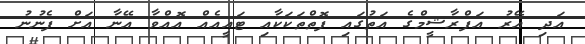
އަދި އޭރު އަފްރާޝީމްގެ އަތުގައި ފޮތްތަކަކާއި ޓައީއެއް އޮއްވާ އޭނާ އަށް ފެނުނު